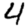
Digit: 4